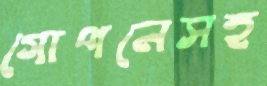
গোপনেসহ